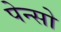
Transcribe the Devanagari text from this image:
पेन्सो